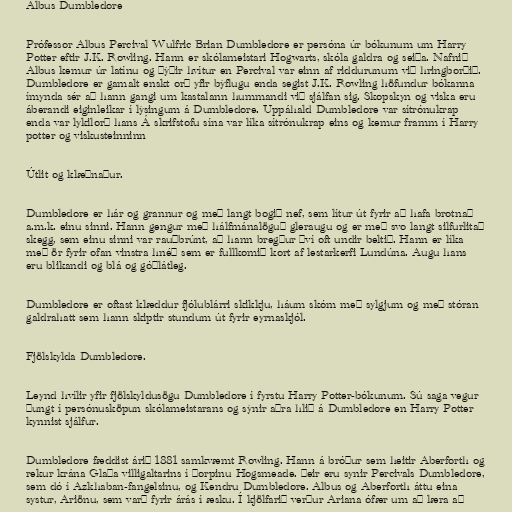
Albus Dumbledore

Prófessor Albus Percival Wulfric Brian Dumbledore er persóna úr bókunum um Harry
Potter eftir J.K. Rowling. Hann er skólameistari Hogwarts, skóla galdra og seiða. Nafnið
Albus kemur úr latínu og þýðir hvítur en Percival var einn af riddurunum við hringborðið.
Dumbledore er gamalt enskt orð yfir býflugu enda segist J.K. Rowling höfundur bókanna
ímynda sér að hann gangi um kastalann hummandi við sjálfan sig. Skopskyn og viska eru
áberandi eiginleikar í lýsingum á Dumbledore. Uppáhald Dumbledore var sítrónukrap
enda var lykilorð hans Á skrifstofu sína var líka sítrónukrap eins og kemur framm í Harry
potter og viskusteinninn

Útlit og klæðnaður.

Dumbledore er hár og grannur og með langt bogið nef, sem lítur út fyrir að hafa brotnað
a.m.k. einu sinni. Hann gengur með hálfmánalöguð gleraugu og er með svo langt silfurlitað
skegg, sem einu sinni var rauðbrúnt, að hann bregður því oft undir beltið. Hann er líka
með ör fyrir ofan vinstra hnéð sem er fullkomið kort af lestarkerfi Lundúna. Augu hans
eru blikandi og blá og góðlátleg.

Dumbledore er oftast klæddur fjólublárri skikkju, háum skóm með sylgjum og með stóran
galdrahatt sem hann skiptir stundum út fyrir eyrnaskjól.

Fjölskylda Dumbledore.

Leynd hvílir yfir fjölskyldusögu Dumbledore í fyrstu Harry Potter-bókunum. Sú saga vegur
þungt í persónusköpun skólameistarans og sýnir aðra hlið á Dumbledore en Harry Potter
kynnist sjálfur.

Dumbledore fæddist árið 1881 samkvæmt Rowling. Hann á bróður sem heitir Aberforth og
rekur krána Glaða villigaltarins í þorpinu Hogsmeade. Þeir eru synir Percivals Dumbledore,
sem dó í Azkhaban-fangelsinu, og Kendru Dumbledore. Albus og Aberforth áttu eina
systur, Ariönu, sem varð fyrir árás í æsku. Í kjölfarið verður Ariana ófær um að læra að